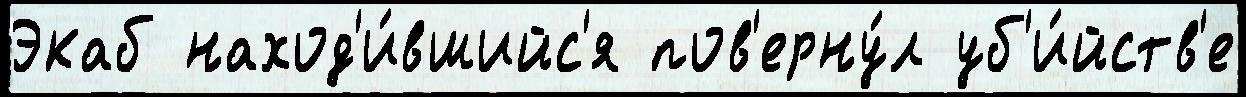
Экаб наход'и́вшийс'я пов'ерну́л уб'и́йств'е